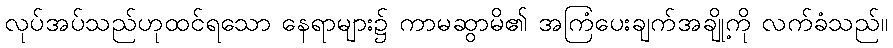
လုပ်အပ်သည်ဟုထင်ရသော နေရာများ၌ ကာမဆွာမိ၏ အကြံပေးချက်အချို့ကို လက်ခံသည်။